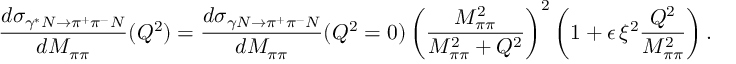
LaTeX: \frac { d \sigma _ { \gamma ^ { * } N \rightarrow \pi ^ { + } \pi ^ { - } N } } { d M _ { \pi \pi } } ( Q ^ { 2 } ) = \frac { d \sigma _ { \gamma N \rightarrow \pi ^ { + } \pi ^ { - } N } } { d M _ { \pi \pi } } ( Q ^ { 2 } = 0 ) \left( \frac { M _ { \pi \pi } ^ { 2 } } { M _ { \pi \pi } ^ { 2 } + Q ^ { 2 } } \right) ^ { 2 } \left( 1 + \epsilon \, \xi ^ { 2 } \frac { Q ^ { 2 } } { M _ { \pi \pi } ^ { 2 } } \right) .